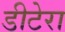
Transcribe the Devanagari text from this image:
डीटेरा